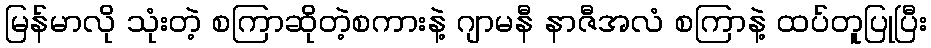
မြန်မာလို သုံးတဲ့ စကြာဆိုတဲ့စကားနဲ့ ဂျာမနီ နာဇီအလံ စကြာနဲ့ ထပ်တူပြုပြီး